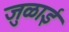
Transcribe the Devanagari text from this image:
जुळाई